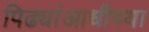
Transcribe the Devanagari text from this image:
पिढ्यांआधीच्या